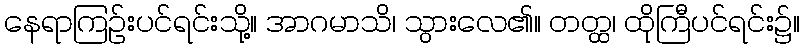
နေရာကြဉ်းပင်ရင်းသို့။ အာဂမာသိ၊ သွားလေ၏။ တတ္ထ၊ ထိုကြီပင်ရင်း၌။